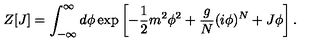
Z [ J ] = \int _ { - \infty } ^ { \infty } d \phi \exp \left[ - { \frac { 1 } { 2 } } m ^ { 2 } \phi ^ { 2 } + { \frac { g } { N } } ( i \phi ) ^ { N } + J \phi \right] .